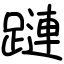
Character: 蹥